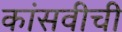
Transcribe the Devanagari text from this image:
कांसवीची